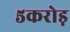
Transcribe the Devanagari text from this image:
५करोड़